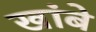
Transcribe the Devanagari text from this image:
खांबे